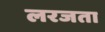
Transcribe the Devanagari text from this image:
लरजता